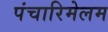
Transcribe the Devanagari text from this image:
पंचारिमेलम